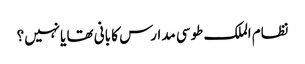
نظام الملک طوسی مدارس کا بانی تھا یانہیں؟